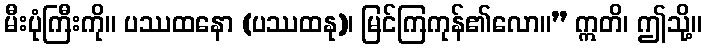
မီးပုံကြီးကို။ ပဿထနော (ပဿထနု)၊ မြင်ကြကုန်၏လော။” ဣတိ၊ ဤသို့။